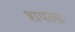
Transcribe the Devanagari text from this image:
शपला